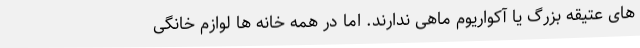
های عتیقه بزرگ یا آکواریوم ماهی ندارند. اما در همه خانه ها لوازم خانگی